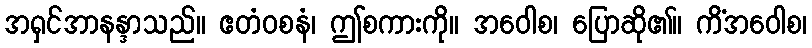
အရှင်အာနန္ဒာသည်။ ဧတံဝစနံ၊ ဤစကားကို။ အဝေါစ၊ ပြောဆို၏။ ကိံအဝေါစ၊